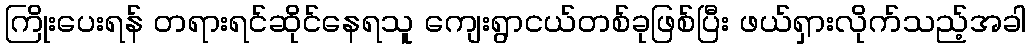
ကြိုးပေးရန် တရားရင်ဆိုင်နေရသူ ကျေးရွာငယ်တစ်ခုဖြစ်ပြီး ဖယ်ရှားလိုက်သည့်အခါ